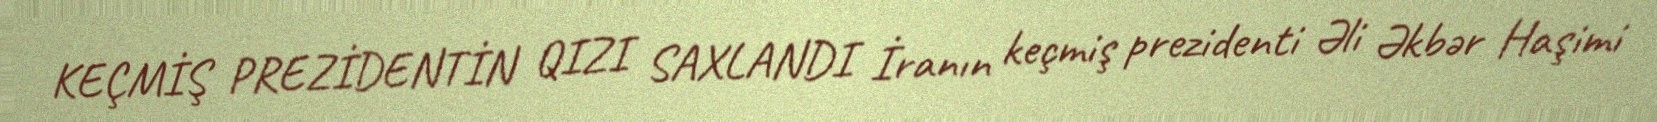
KEÇMİŞ PREZİDENTİN QIZI SAXLANDI İranın keçmiş prezidenti Əli Əkbər Haşimi